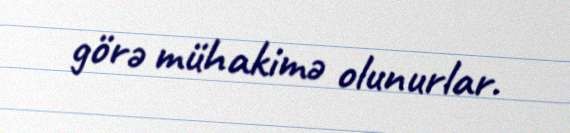
görə mühakimə olunurlar.